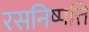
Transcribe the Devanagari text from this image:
रसनिष्पत्ति